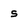
Character: s